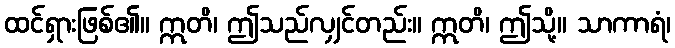
ထင်ရှားဖြစ်၏။ ဣတိ၊ ဤသည်လျှင်တည်း။ ဣတိ၊ ဤသို့။ သာကာရံ၊